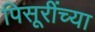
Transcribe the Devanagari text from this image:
पिसूरींच्या